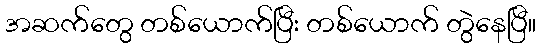
အဆက်တွေ တစ်ယောက်ပြီး တစ်ယောက် တွဲနေပြီ။